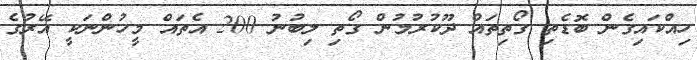
ހިއްކައިގެން ބޮޑެތި ގޯތިތައް ދޫކުރުމުން ގޯތި ލިބުނު 200 އެތައް މީހުންނަކީ އޭރުގެ